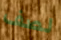
لصف